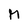
Character: M